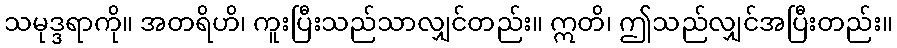
သမုဒ္ဒရာကို။ အတရိဟိ၊ ကူးပြီးသည်သာလျှင်တည်း။ ဣတိ၊ ဤသည်လျှင်အပြီးတည်း။